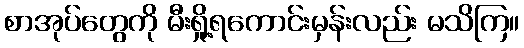
စာအုပ်တွေကို မီးရှို့ရကောင်းမှန်းလည်း မသိကြ။